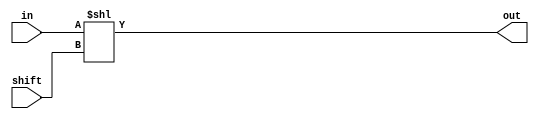
`timescale 1ns / 1ps

module Shifter(
	input [31:0] in,
	input [4:0] shift,
	output [31:0] out
	);
	
	assign out = in << shift;
	
endmodule